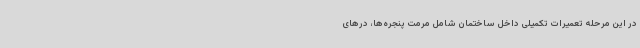
در این مرحله تعمیرات تکمیلی داخل ساختمان شامل مرمت پنجره‌ها، درهای